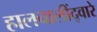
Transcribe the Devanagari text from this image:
हालचालींद्वारे